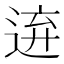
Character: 𨓋